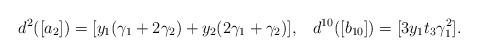
LaTeX: \begin{align*}d^2([a_2])=[y_1(\gamma_1+2\gamma_2)+y_2(2\gamma_1+\gamma_2)], \;\;\;d^{10}([b_{10}])=[3y_1t_3\gamma_1^2].\end{align*}